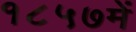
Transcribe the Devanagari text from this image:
१८५७में